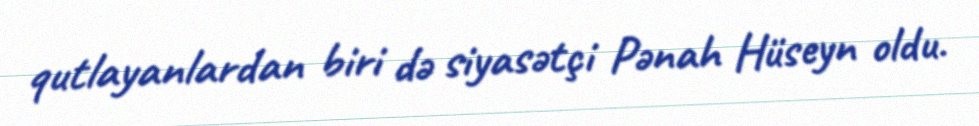
qutlayanlardan biri də siyasətçi Pənah Hüseyn oldu.